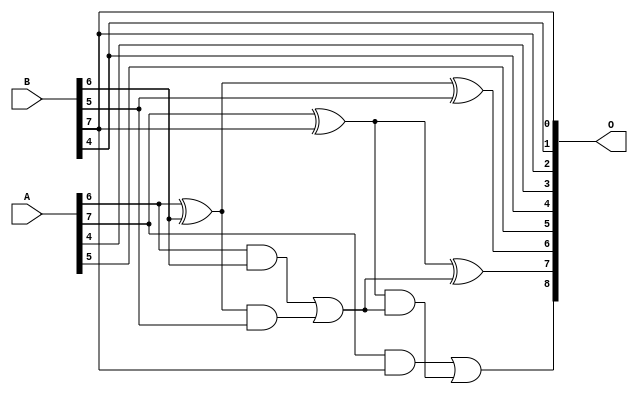
/***
* This code is a part of EvoApproxLib library (ehw.fit.vutbr.cz/approxlib) distributed under The MIT License.
* When used, please cite the following article(s):  
* This file contains a circuit from a sub-set of pareto optimal circuits with respect to the pwr and mse parameters
***/
// MAE% = 3.14 %
// MAE = 16 
// WCE% = 7.62 %
// WCE = 39 
// WCRE% = 100.00 %
// EP% = 99.22 %
// MRE% = 8.64 %
// MSE = 322 
// PDK45_PWR = 0.0075 mW
// PDK45_AREA = 17.8 um2
// PDK45_DELAY = 0.19 ns


module add8u_05L(A, B, O);
  input [7:0] A, B;
  output [8:0] O;
  wire sig_43, sig_44, sig_45, sig_47, sig_48, sig_49;
  wire sig_50;
  assign sig_43 = A[6] ^ B[6];
  assign sig_44 = A[6] & B[6];
  assign sig_45 = sig_43 & B[5];
  assign O[6] = sig_43 ^ B[5];
  assign sig_47 = sig_44 | sig_45;
  assign sig_48 = A[7] ^ B[7];
  assign sig_49 = A[7] & B[7];
  assign sig_50 = sig_48 & sig_47;
  assign O[7] = sig_48 ^ sig_47;
  assign O[8] = sig_49 | sig_50;
  assign O[0] = B[7];
  assign O[1] = B[4];
  assign O[2] = B[7];
  assign O[3] = A[4];
  assign O[4] = B[4];
  assign O[5] = A[5];
endmodule